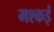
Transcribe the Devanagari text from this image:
मश्कई